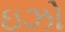
ઇઝો